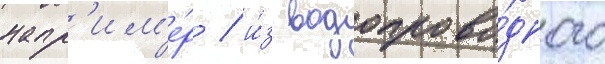
напр'им'е́р / и́з водопрово́дного